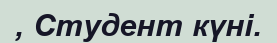
, Студент күні.